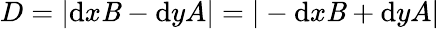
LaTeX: D=\vert\mathrm{d}x\mathit{B}-\mathrm{d}yA\vert=\vert-\mathrm{d}x\mathit{B}+\mathrm{d}yA\vert